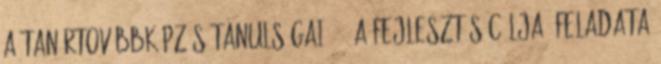
A TANÁRTOVÁBBKÉPZÉS TANULSÁGAI 3 3 A FEJLESZTÉS CÉLJA, FELADATA